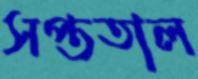
সপ্ততাল